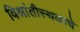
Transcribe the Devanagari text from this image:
विश्रांतीस्थळाचे